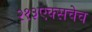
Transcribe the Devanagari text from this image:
२१३एक्सचेच